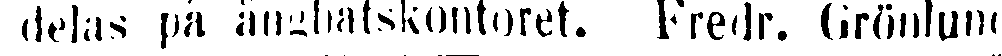
delas på ångbåtskontoret. Fredr. Grönlund